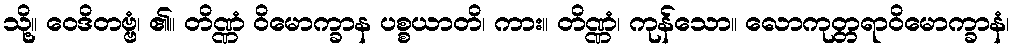
သို့။ ဝေဒိတဗ္ဗံ၊ ၏။ တိဏ္ဏံ ဝိမောက္ခာန ပစ္စယာတိ၊ ကား။ တိဏ္ဏံ၊ ကုန်သော။ လောကုတ္တရာဝိမောက္ခာနံ၊